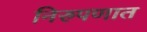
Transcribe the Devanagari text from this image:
निरुपणात